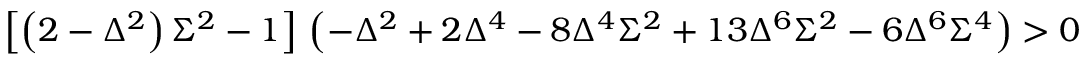
\left[ \left( 2 - \Delta ^ { 2 } \right) \Sigma ^ { 2 } - 1 \right] \, \left( - \Delta ^ { 2 } + 2 \Delta ^ { 4 } - 8 \Delta ^ { 4 } \Sigma ^ { 2 } + 1 3 \Delta ^ { 6 } \Sigma ^ { 2 } - 6 \Delta ^ { 6 } \Sigma ^ { 4 } \right) > 0